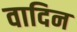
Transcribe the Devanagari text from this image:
वादिन